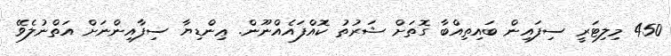
450 މިލިޓަރީ ސިފައިން ބައިތިއްބާ ގޮތަށް ޝަރުތު ކޮއްފައެއްނޫން. ޢިންޑިޔާ ސިފާއިންނަށް އަތްނުލެވޭ